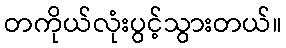
တကိုယ်လုံးပွင့်သွားတယ်။